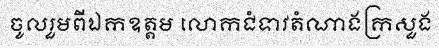
ចូលរួមពីឯកឧត្តម លោកជំទាវតំណាងក្រសួង